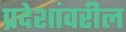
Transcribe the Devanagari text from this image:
प्रदेशांवरील